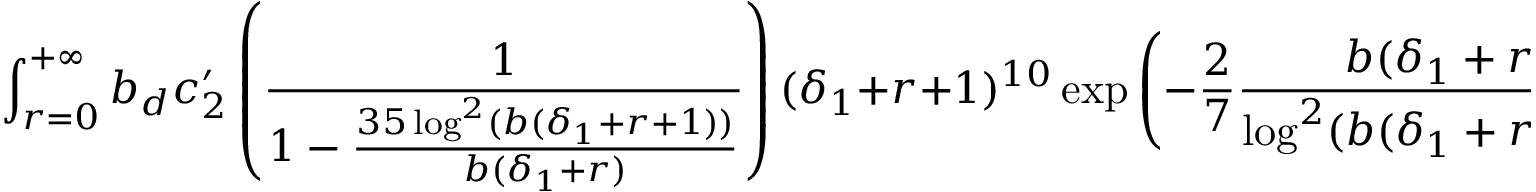
\int _ { r = 0 } ^ { + \infty } b _ { d } c _ { 2 } ^ { \prime } \left( \frac { 1 } { 1 - \frac { 3 5 \log ^ { 2 } ( b ( \delta _ { 1 } + r + 1 ) ) } { b ( \delta _ { 1 } + r ) } } \right) ( \delta _ { 1 } + r + 1 ) ^ { 1 0 } \exp \left( - \frac { 2 } { 7 } \frac { b ( \delta _ { 1 } + r ) } { \log ^ { 2 } ( b ( \delta _ { 1 } + r + 1 ) ) } \right) \, d r \leq c \epsilon ,